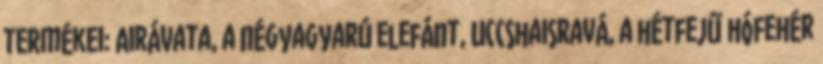
termékei: Airávata, a négyagyarú elefánt, Uccshaisravá, a hétfejű hófehér